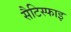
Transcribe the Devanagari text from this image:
सैटिस्फाइ